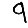
Digit: 9